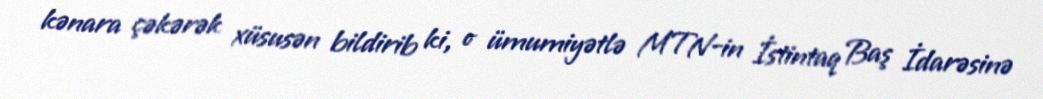
kənara çəkərək xüsusən bildirib ki, o ümumiyətlə MTN-in İstintaq Baş İdarəsinə